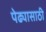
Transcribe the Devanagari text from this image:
पेढ्यासाठी